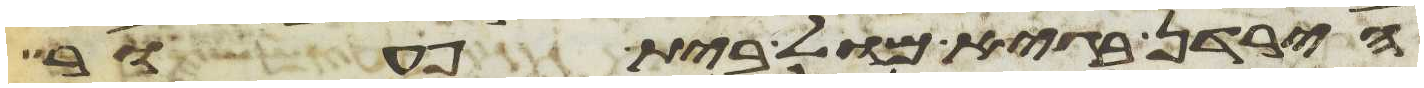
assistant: הירדן בגיא מול בית פעור